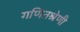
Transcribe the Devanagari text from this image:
गणितश्रेणी